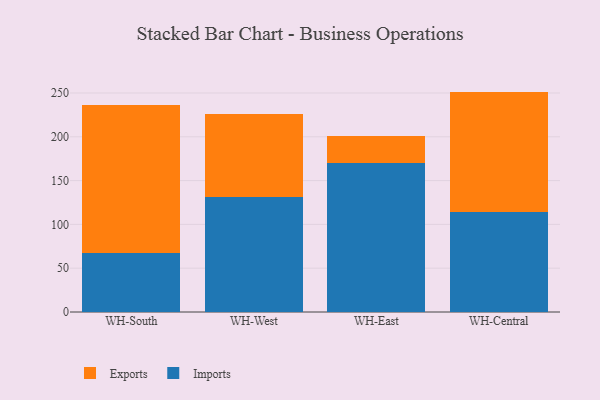
{"axis": {"x": "Warehouse", "y": "Latency (ms)"}, "legend": ["Exports", "Imports"], "data": [{"x": "WH-South", "y": 67.0, "type": "Imports"}, {"x": "WH-South", "y": 169.6, "type": "Exports"}, {"x": "WH-West", "y": 131.1, "type": "Imports"}, {"x": "WH-West", "y": 94.5, "type": "Exports"}, {"x": "WH-East", "y": 169.6, "type": "Imports"}, {"x": "WH-East", "y": 31.6, "type": "Exports"}, {"x": "WH-Central", "y": 113.6, "type": "Imports"}, {"x": "WH-Central", "y": 138.0, "type": "Exports"}]}